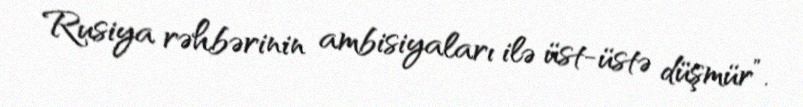
Rusiya rəhbərinin ambisiyaları ilə üst-üstə düşmür”.